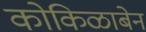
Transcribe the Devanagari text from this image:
कोकिळाबेन